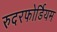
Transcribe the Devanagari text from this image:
रुदरफोर्डियम